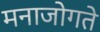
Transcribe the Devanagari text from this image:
मनाजोगते